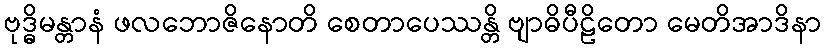
ဗုဒ္ဓိမန္တာနံ ဖလဘောဇိနောတိ စေတာပေဿန္တိ ဗျာဓိပီဠိတော မေတိအာဒိနာ